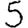
Digit: 5